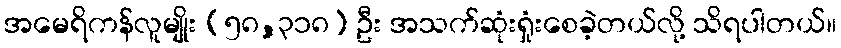
အမေရိကန်လူမျိုး (၅၈,၃၁၈) ဦး အသက်ဆုံးရှုံးစေခဲ့တယ်လို့ သိရပါတယ်။